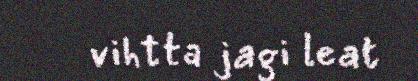
vihtta jagi leat